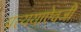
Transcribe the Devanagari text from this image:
प्रत्ययाऐवजी